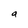
Character: a